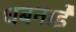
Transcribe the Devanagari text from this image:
धबनाईे